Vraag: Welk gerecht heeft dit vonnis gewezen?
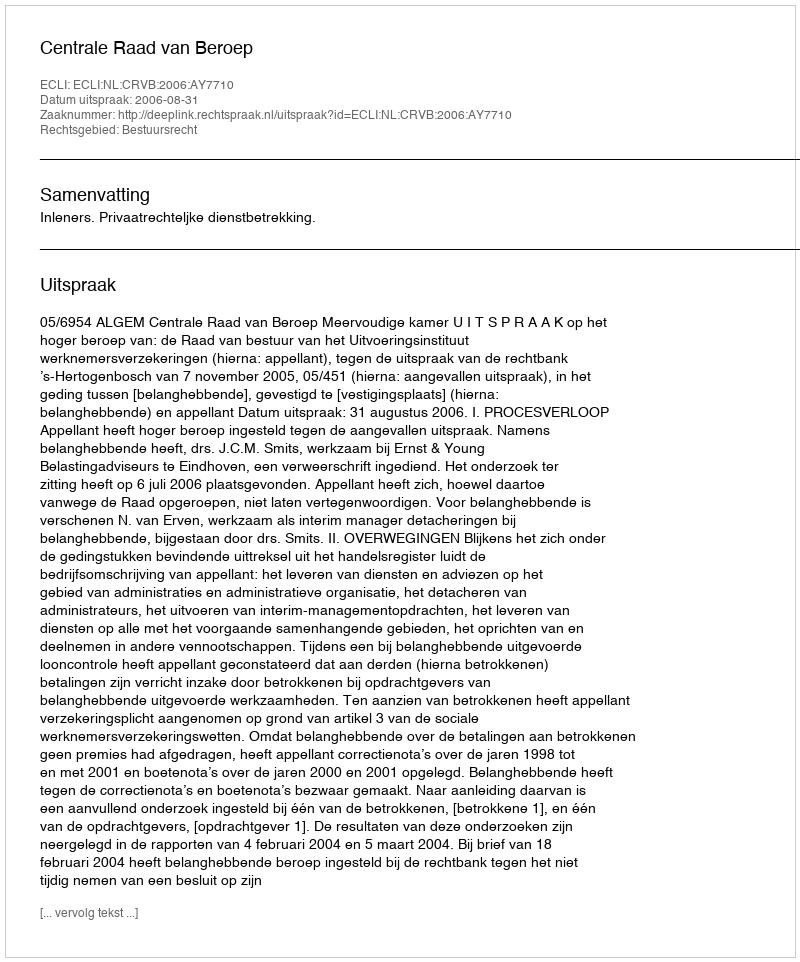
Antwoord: Centrale Raad van Beroep